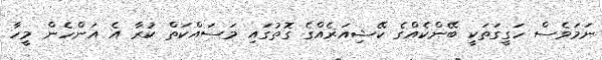
ނަމަވެސް ހަގީގަތަކީ ބޭންކެއްގެ ކޭޝިއަރެއްގެ ގޮތުގައި މަސައްކަތް ކުރާ އެ އަންހެން މީހާ